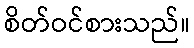
စိတ်ဝင်စားသည်။